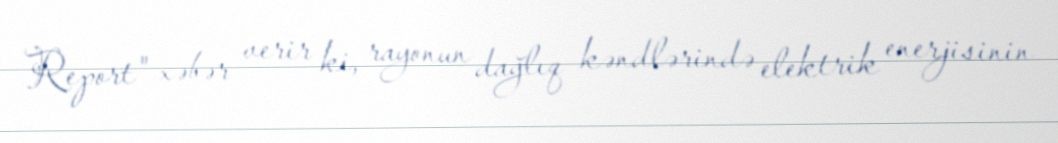
Report" xəbər verir ki, rayonun dağlıq kəndlərində elektrik enerjisinin